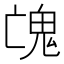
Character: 𩲉